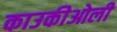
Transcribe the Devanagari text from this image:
काउकीओली